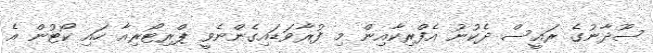
ސޫދާނުގެ ރައީސް ދެކުނު އެފްރިކާއިން މި ފުރާވަޑައިގެންނެވީ ޕްރިޓޯރިއާ ހައި ކޯޓުން އެ